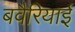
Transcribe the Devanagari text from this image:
बवैरियाई